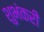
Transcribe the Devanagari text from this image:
शुभंकरी